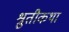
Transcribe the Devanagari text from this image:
श्रुतीकथा